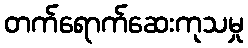
တက်ရောက်ဆေးကုသမှု